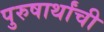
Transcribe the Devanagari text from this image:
पुरुषार्थांची